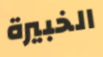
الخبيرة